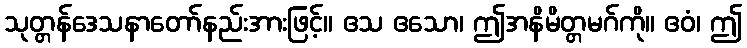
သုတ္တန်ဒေသနာတော်နည်းအားဖြင့်။ ဧသ ဧသော၊ ဤအနိမိတ္တမဂ်ကို။ ဧဝံ၊ ဤ